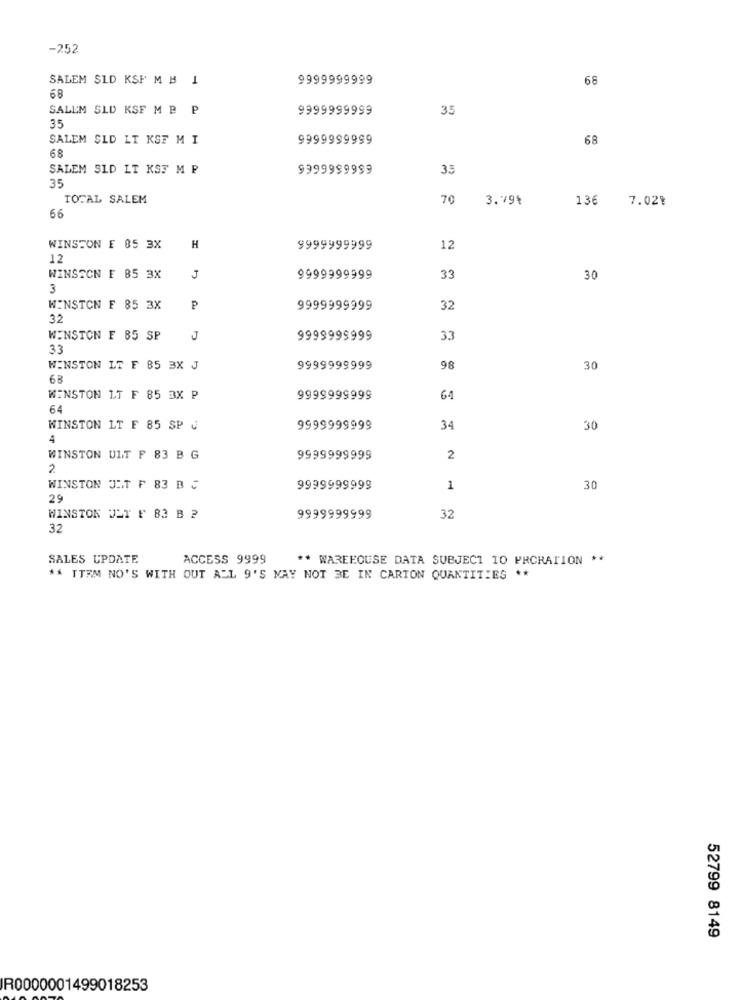
-252
SALEM SLD KSP M B 1
9999999999
68
68
SALEM SLD KSF MB P
9999999999
35
35
SALEM SLD LT KST M I
9999999999
68
68
SALEM SLD LT KS3 M P
9999999999
35
35
TOTAL SALEM
70
3.79%
136
7.02%
66
WINSTON E 05 3X
H
9999999999
12
12
WINSTON F 85 3X
J
9999999999
33
30
3
WINSTON F 85 3X
9999999999
32
32
WINSTON F 85 SP
J
9999999999
33
33
WINSTON LT F 85 3X J
9999999999
98
30
63
WINSTON LT F 85 3X P
9999999999
64
64
WINSTON LT F 85 SP J
9999999999
34
30
4
WINSTON ULT F 83 B G
9999999999
2
2
WINSTON JIT F 83 B C
9999999999
1
30
29
WINSTON JET F 83 B ?
9999999999
32
32
SALES UPDATE
ACCESS 9999
** WAREHOUSE DATA SUBJECT TO PRCRATION **
** ITEM NO'S WITH OUT ALL 9'S MAY NOT BE IN CARTON QUANTITIES **
52799 8149
R0000001499018253